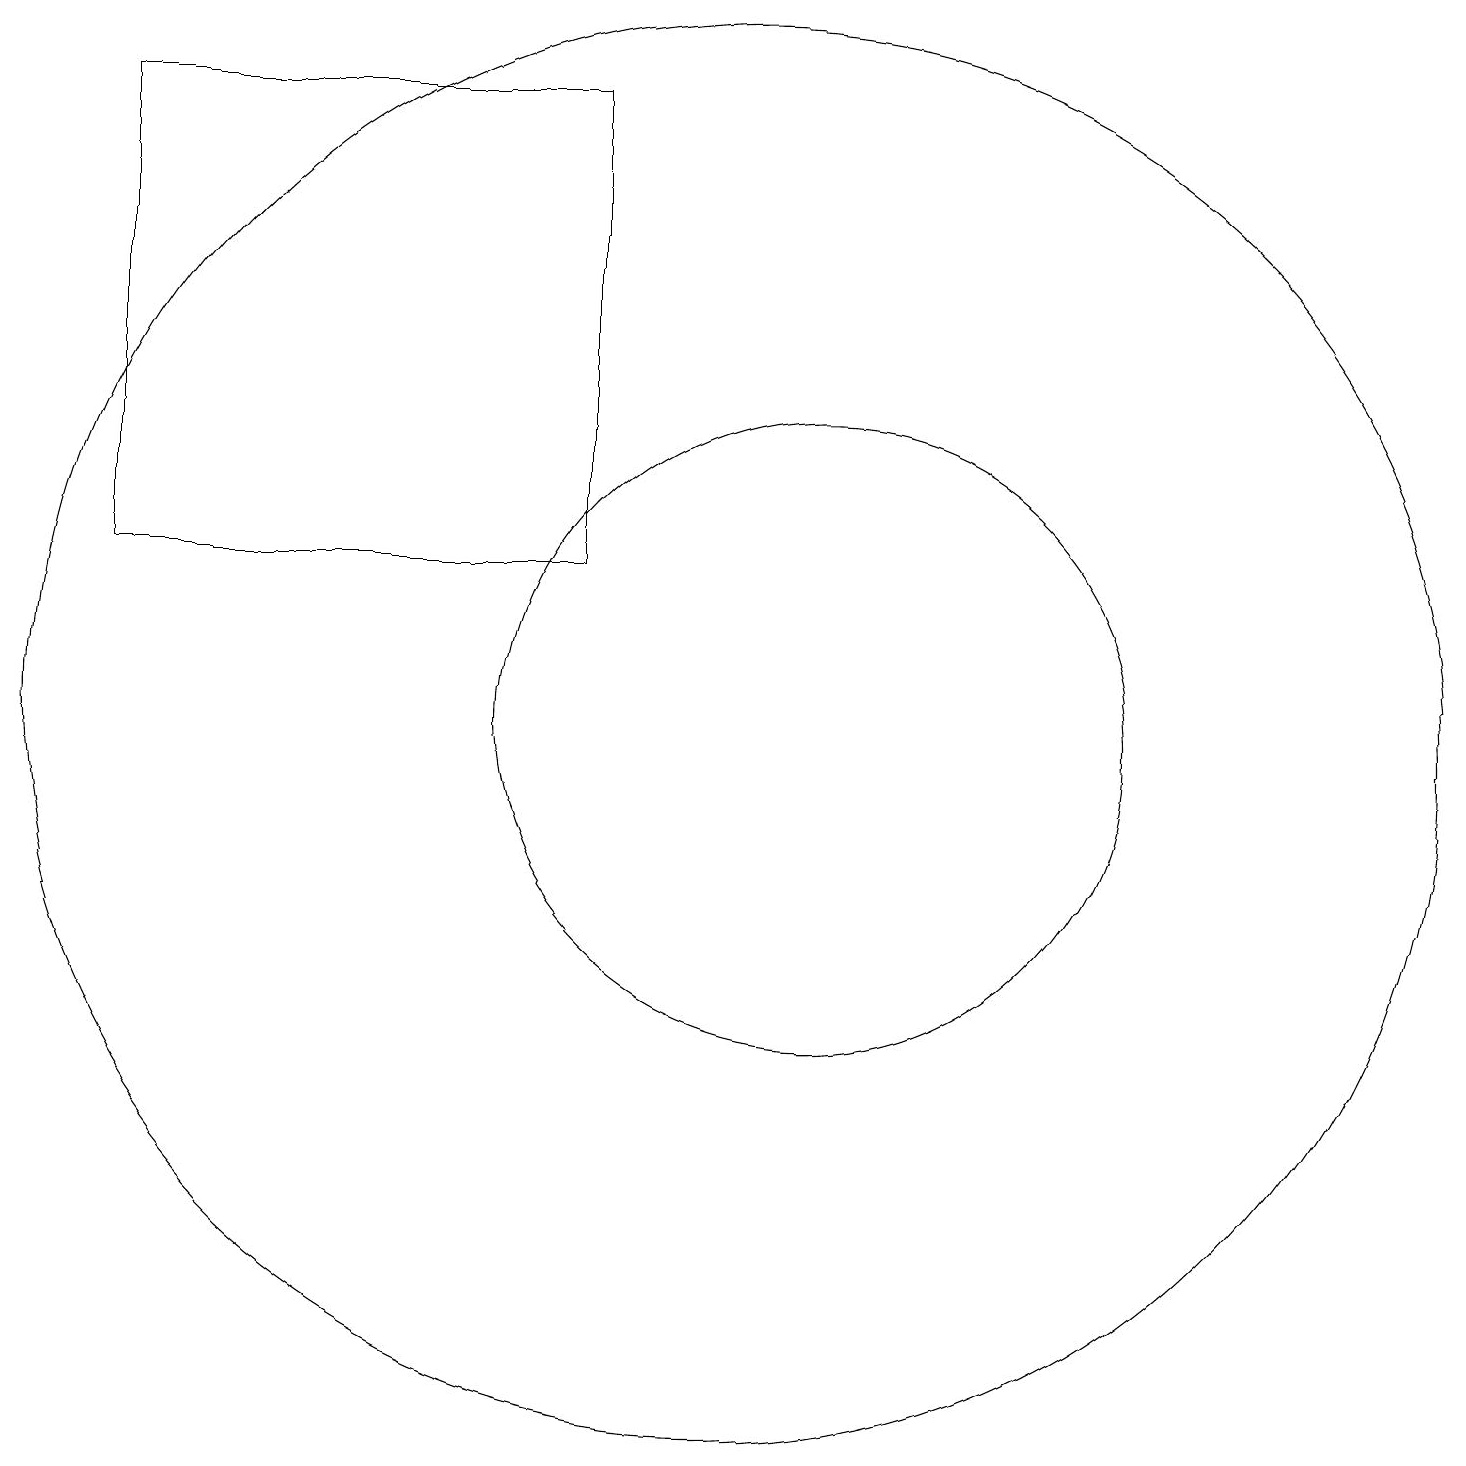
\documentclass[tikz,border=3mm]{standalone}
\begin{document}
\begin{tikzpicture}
\draw (8,18) rectangle (2,12);
\draw (11,10) circle (4);
\draw (10,10) circle (9);
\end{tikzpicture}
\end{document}